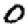
Digit: 0